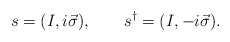
\begin{align*}s=(I,i\vec \sigma ),\qquad s^{\dagger }=(I,-i\vec \sigma ).\end{align*}